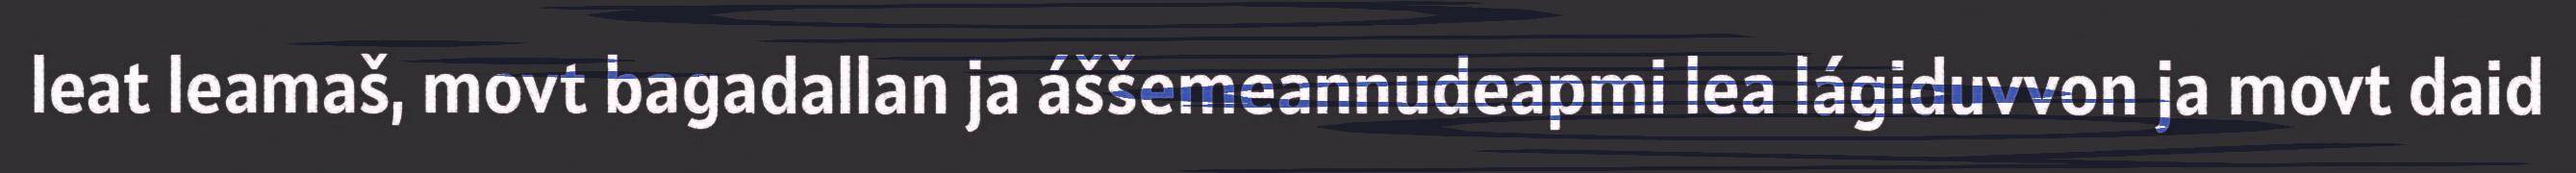
leat leamaš, movt bagadallan ja áššemeannudeapmi lea lágiduvvon ja movt daid